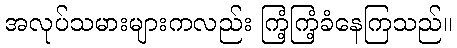
အလုပ်သမားများကလည်း ကြံ့ကြံ့ခံနေကြသည်။